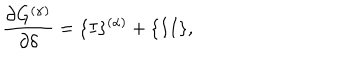
\frac { \partial G ^ { ( \alpha ) } } { \partial \delta } = \{ I \} ^ { ( \alpha ) } + \{ I I \} ,